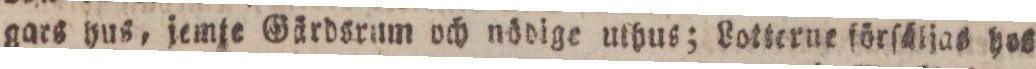
gars hus, jemje Gärdsrum och nödige uthus; Lotterne förſäljas hos